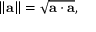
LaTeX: \left\| \mathbf { a } \right\| = { \sqrt { \mathbf { a } \cdot \mathbf { a } } } ,